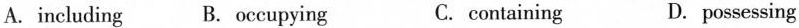
A.including B.occupying C.containing D.possessing